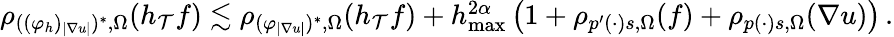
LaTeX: \begin{array}{r}{\begin{array}{r}{\rho_{((\varphi_{h})_{\vert\nabla u\vert})^{*},\Omega}(h_{\mathcal{T}}f)\lesssim\rho_{(\varphi_{\vert\nabla u\vert})^{*},\Omega}(h_{\mathcal{T}}f)+h_{\operatorname*{max}}^{2\alpha}\, \big(1+\rho_{p^{\prime}(\cdot)s,\Omega}(f)+\rho_{p(\cdot)s,\Omega}(\nabla u)\big)\, .}\end{array}}\end{array}